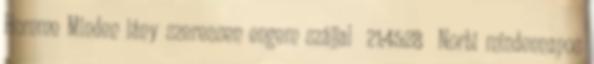
Homme Minden lány szeressen engem szájjal 21:45:28 Norbi mindennapos